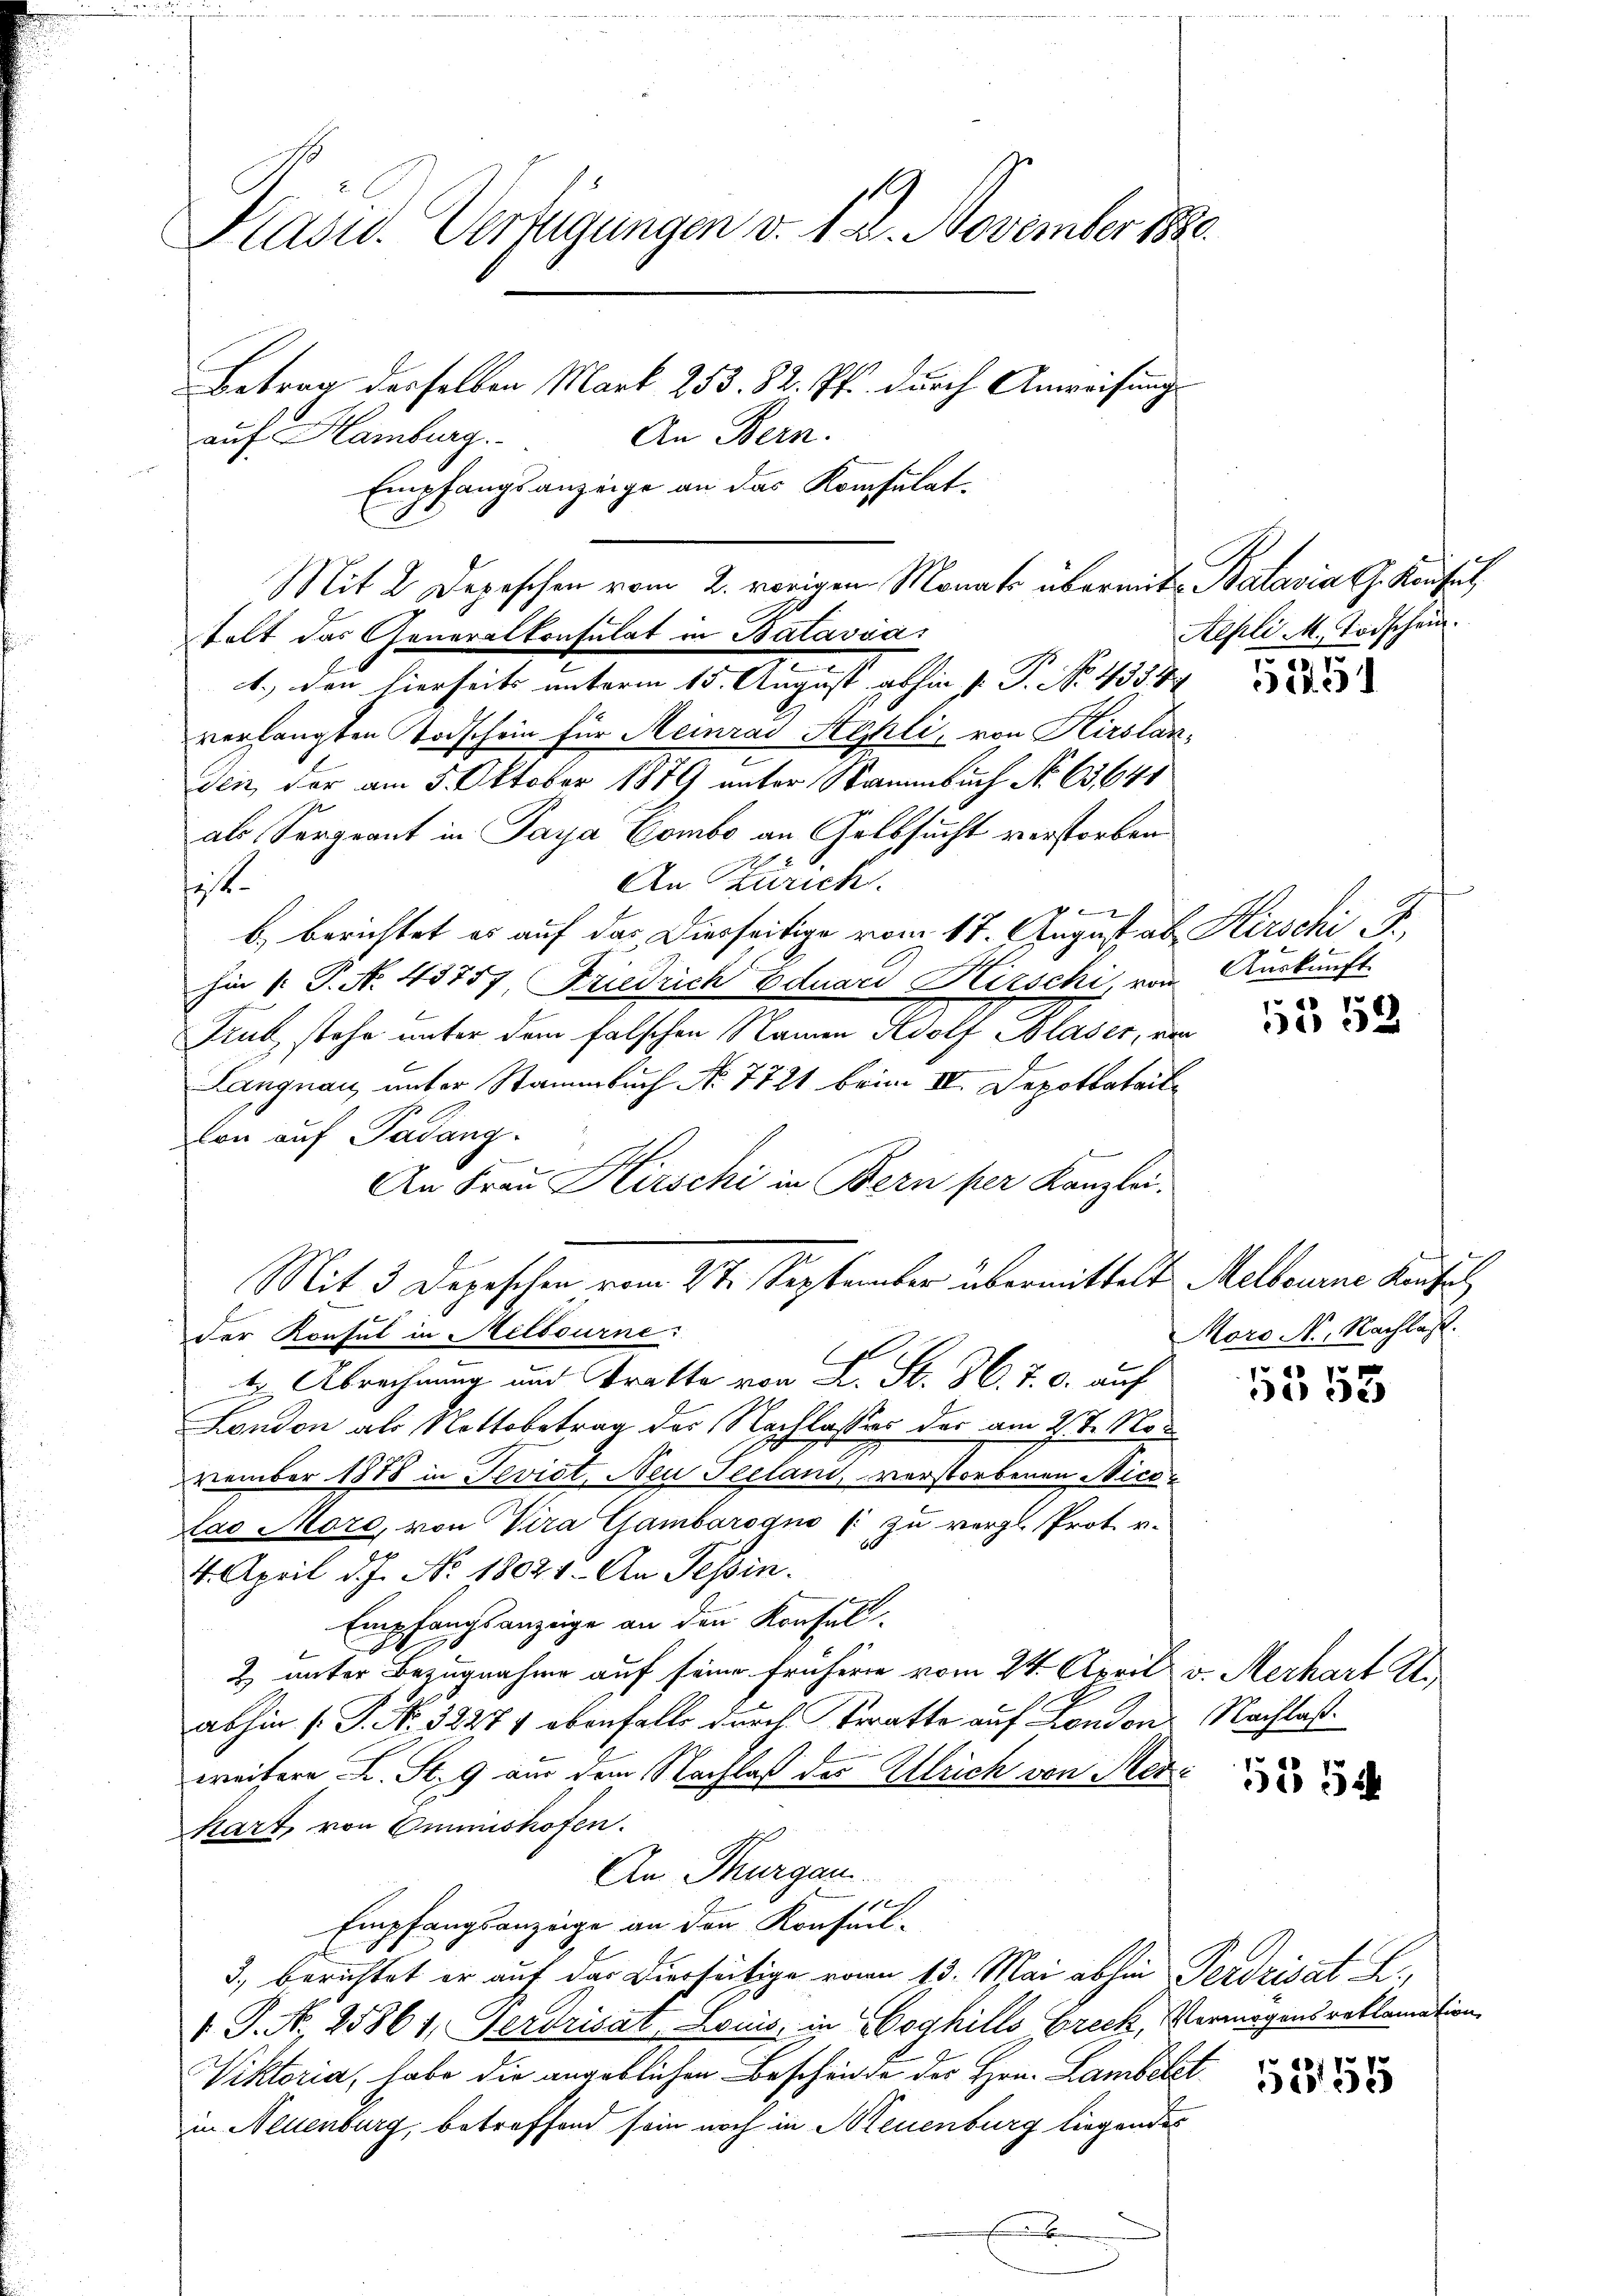
Kasu. Verfügungen v. 12. November 1880.
Betrag derselben Mark 253. 82. Pf. durch Anweisungs
auf Hamburg.
An Bern.
Empfangsanzeige an das Konsulat.

tolt das Generalkonsulat in Balasias
e
1., den hierseits unterm 15. August abhin s P. No. 433. 41
verlangten Todschein für Meinrad Stehli, von Kirslanden, der am 5. Oktober 1879 unter Nammbuch No. 65641
als Sergeant in Paya Combe an Gelbsucht verstorben
An Zürich.
ist.
2
b) berichtet es auf das Dierseitige vom 17. August ab Hirschi J.
hin 1. P. No. 43757 Friedrich Eduard Kirschi, vom
Trub stehe unter dem falschen Namen Adolf Blaser, von
Langnau unter Stammbuch No. 7721 beim II. Depotbatail
lon auf Padang
g
An Frau Kirschi in Bern per Kanzlei.
Mit 3 Depeschen vom 2te September übermittelt Melbourne Kauf
der Konsul in Melbourne:
t Abrechnung und Bratte von L. St. 36. 7. c. auf
London als Nettobetrag des Nachlasses der am 2ten No
vember 1878 in Tevist. Neu Seelani, verstorbenen Nico¬
Las More, von Vira Gambarogno (: zu vergl. Prot. v.
4. April d. J. No. 18021. An Tessin.
Empfangsanzeige an den Konsul
& unter Bezugnahme auf seine früheren vom 24. April v. Merhart U.
abhin (P. Nr. 32274 ebenfalls durch Beratte auf London. Nachlaßweitere L. St. 9 an dem Nachlaß der Ulrich von Merz
kart, von Omnishofen.
An Thurgau.
1
Empfangsanzeige an den Konseil¬
3., berichtet er auf das Dierseitige von 13. Mai abhin Perdrisat L.
 P. N. 25861, Gerdrisat Louis, in Goghills Breck, Vermögensreklamation
Viktoria, habe die angeblichen Bescheide des Hrn. Lambete
in Neuenburg, betreffend sein noch in Neuenburg liegendes

Mit 2 Depeschen vom 2. vorigen Monat übermit Batavia Ch. Konsul,

Aepli M. Todschein.
c

31. 31

Auskunft.

1552

Moro Nr. Nachlaß.
p

5553

555

5255